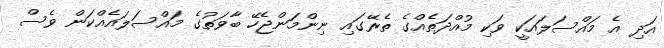
އަދި އެ މައްސަލައަކީ ވަކި މުއްދަތެއްގެ ތެރޭގައި ނިންމަންޖެހޭ ބާވަތުގެ މައްސަލައެއްކަން ވެސް